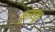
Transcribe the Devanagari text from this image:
कुऩ्ऱत्तूर